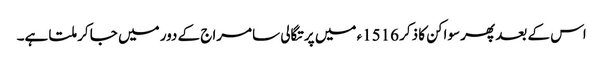
اس کے بعد پھر سواکن کا ذکر 1516ء میں پرتگالی سامراج کے دور میں جا کر ملتا ہے۔